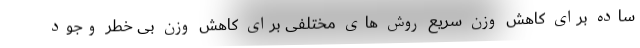
ساده برای کاهش وزن سریع روش های مختلفی برای کاهش وزن بی خطر وجود